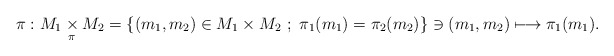
\begin{align*}\pi : M_1\underset{\pi}{\times}M_2=\{(m_1,m_2)\in M_1\times M_2\ ; \ \pi_1(m_1)=\pi_2(m_2)\} \ni (m_1,m_2)\longmapsto \pi_1(m_1).\end{align*}